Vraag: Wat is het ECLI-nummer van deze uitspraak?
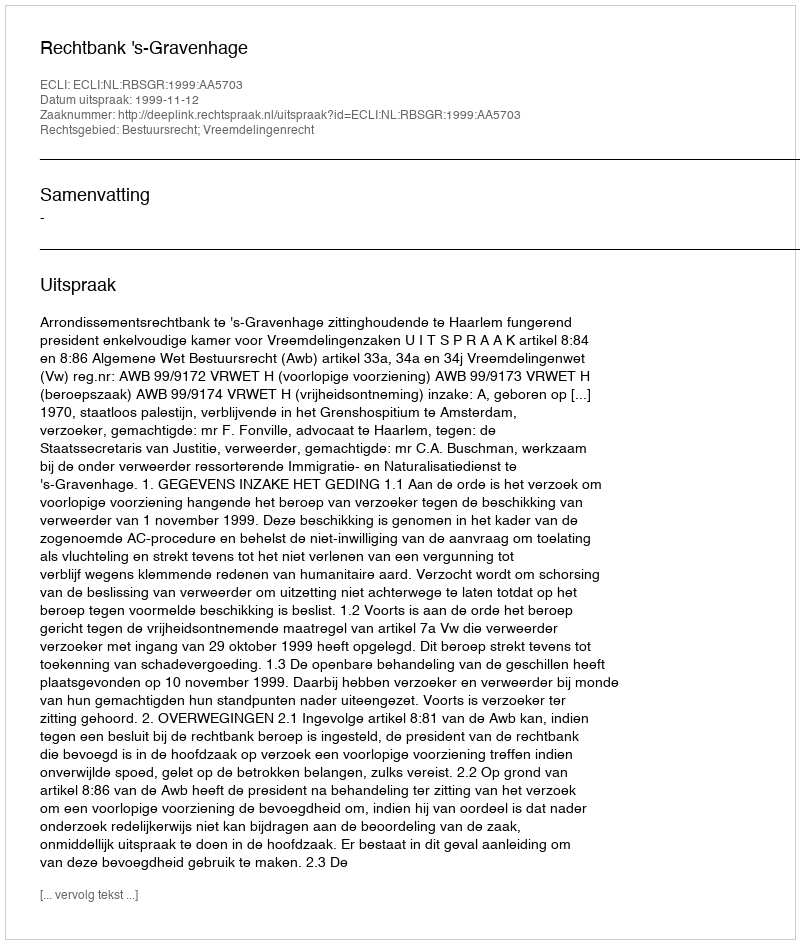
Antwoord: ECLI:NL:RBSGR:1999:AA5703